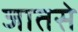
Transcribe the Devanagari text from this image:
जातसे